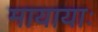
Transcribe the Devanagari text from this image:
मायायाः